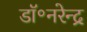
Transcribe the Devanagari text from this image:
डॉ॰नरेन्द्र